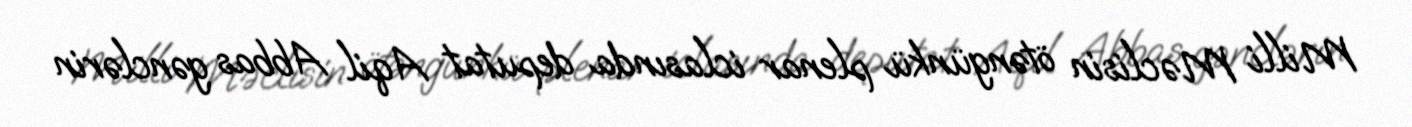
Milli Məclisin ötəngünkü plenar iclasında deputat Aqil Abbas gənclərin